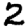
Digit: 2